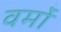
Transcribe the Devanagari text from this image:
वर्मों